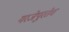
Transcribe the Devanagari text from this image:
गरजेपुरतेच